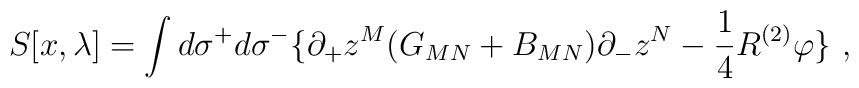
S[x,\lambda ] = \int d\sigma ^{+}d\sigma^{-}\{\partial_+z^M(G_{MN}+B_{MN})\partial_-z^N -\frac{1}{4}R^{\left( 2\right) }\varphi \}\,\,,